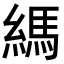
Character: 𦄀